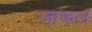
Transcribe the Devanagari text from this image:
जारूल